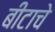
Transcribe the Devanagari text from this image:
बीटाचे